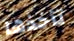
تأخذها